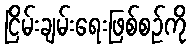
ငြိမ်းချမ်းရေးဖြစ်စဉ်ကို